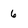
Character: 6